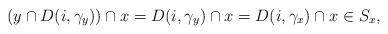
LaTeX: \begin{align*} (y \cap D(i, \gamma_y)) \cap x = D(i, \gamma_y) \cap x = D(i, \gamma_x) \cap x \in S_x, \end{align*}